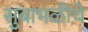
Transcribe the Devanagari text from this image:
सुबाभळीचे